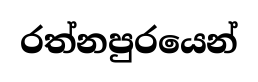
රත්නපුරයෙන්